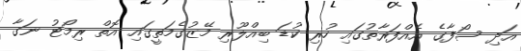
އަދި ސޯފާގެ އެއްފަރާތުގައި ހުރި ކުޑަ ބިއްލޫރި މޭޒުގެމަތީގައި އޮތް ރިމޯޓު ނަގާ